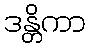
ဒန္တိကာ